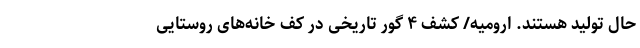
حال تولید هستند. ارومیه/ کشف ۴ گور تاریخی در کف خانه‌های روستایی